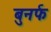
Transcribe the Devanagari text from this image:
बुनर्फ